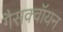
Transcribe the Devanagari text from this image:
गैसक्वॉयन